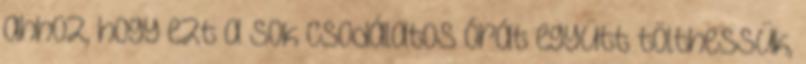
ahhoz, hogy ezt a sok csodálatos órát együtt tölthessük,